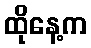
ထိုနေ့က